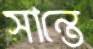
সান্তে